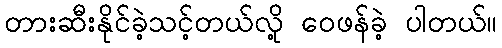
တားဆီးနိုင်ခဲ့သင့်တယ်လို့ ဝေဖန်ခဲ့ ပါတယ်။